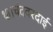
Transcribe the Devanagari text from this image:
था।चंदवरदाई